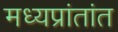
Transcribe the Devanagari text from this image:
मध्यप्रांतांत